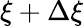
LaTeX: \xi+\Delta\xi